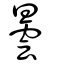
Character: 曇